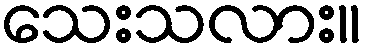
သေးသလား။